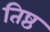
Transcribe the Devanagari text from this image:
तिष्ठ